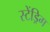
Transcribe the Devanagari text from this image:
स्टेंड्रिग